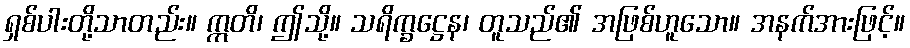
ရှစ်ပါးတို့သာတည်း။ ဣတိ၊ ဤသို့။ သရိက္ခဋ္ဌေန၊ တူသည်၏ အဖြစ်ဟူသော။ အနက်အားဖြင့်။